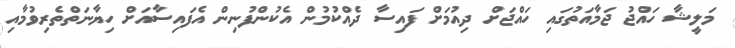
މަލީޝާ ހައްޖު ޖަމާއަތުގައި ހައްޖަށް ދިއުމަށް ފައިސާ ދެއްކުމުން އެކުންފުނިން އެފައިސާއަށް ހިޔާނަތްތެރިވުމާއި